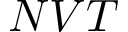
N V T